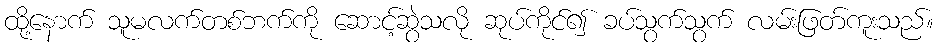
ထို့နောက် သူမလက်တစ်ဘက်ကို ဆောင့်ဆွဲသလို ဆုပ်ကိုင်၍ ခပ်သွက်သွက် လမ်းဖြတ်ကူးသည်။